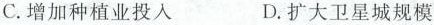
C.增加种植业投入 D.扩大卫星城规模